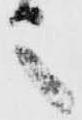
之